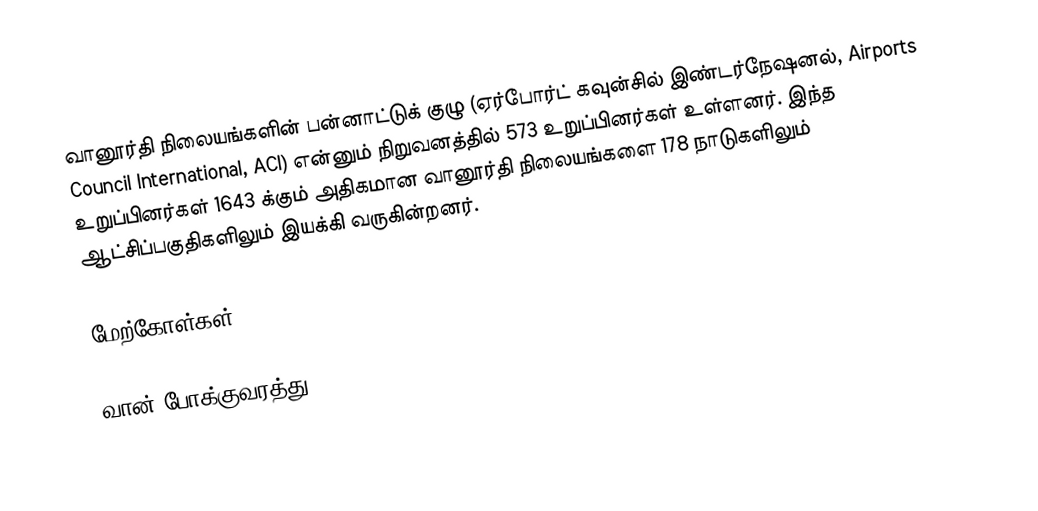
வானூர்தி நிலையங்களின் பன்னாட்டுக் குழு (ஏர்போர்ட் கவுன்சில் இண்டர்நேஷனல், Airports Council International, ACI) என்னும் நிறுவனத்தில் 573 உறுப்பினர்கள் உள்ளனர். இந்த உறுப்பினர்கள் 1643 க்கும் அதிகமான வானூர்தி நிலையங்களை 178 நாடுகளிலும் ஆட்சிப்பகுதிகளிலும் இயக்கி வருகின்றனர்.

மேற்கோள்கள்

வான் போக்குவரத்து